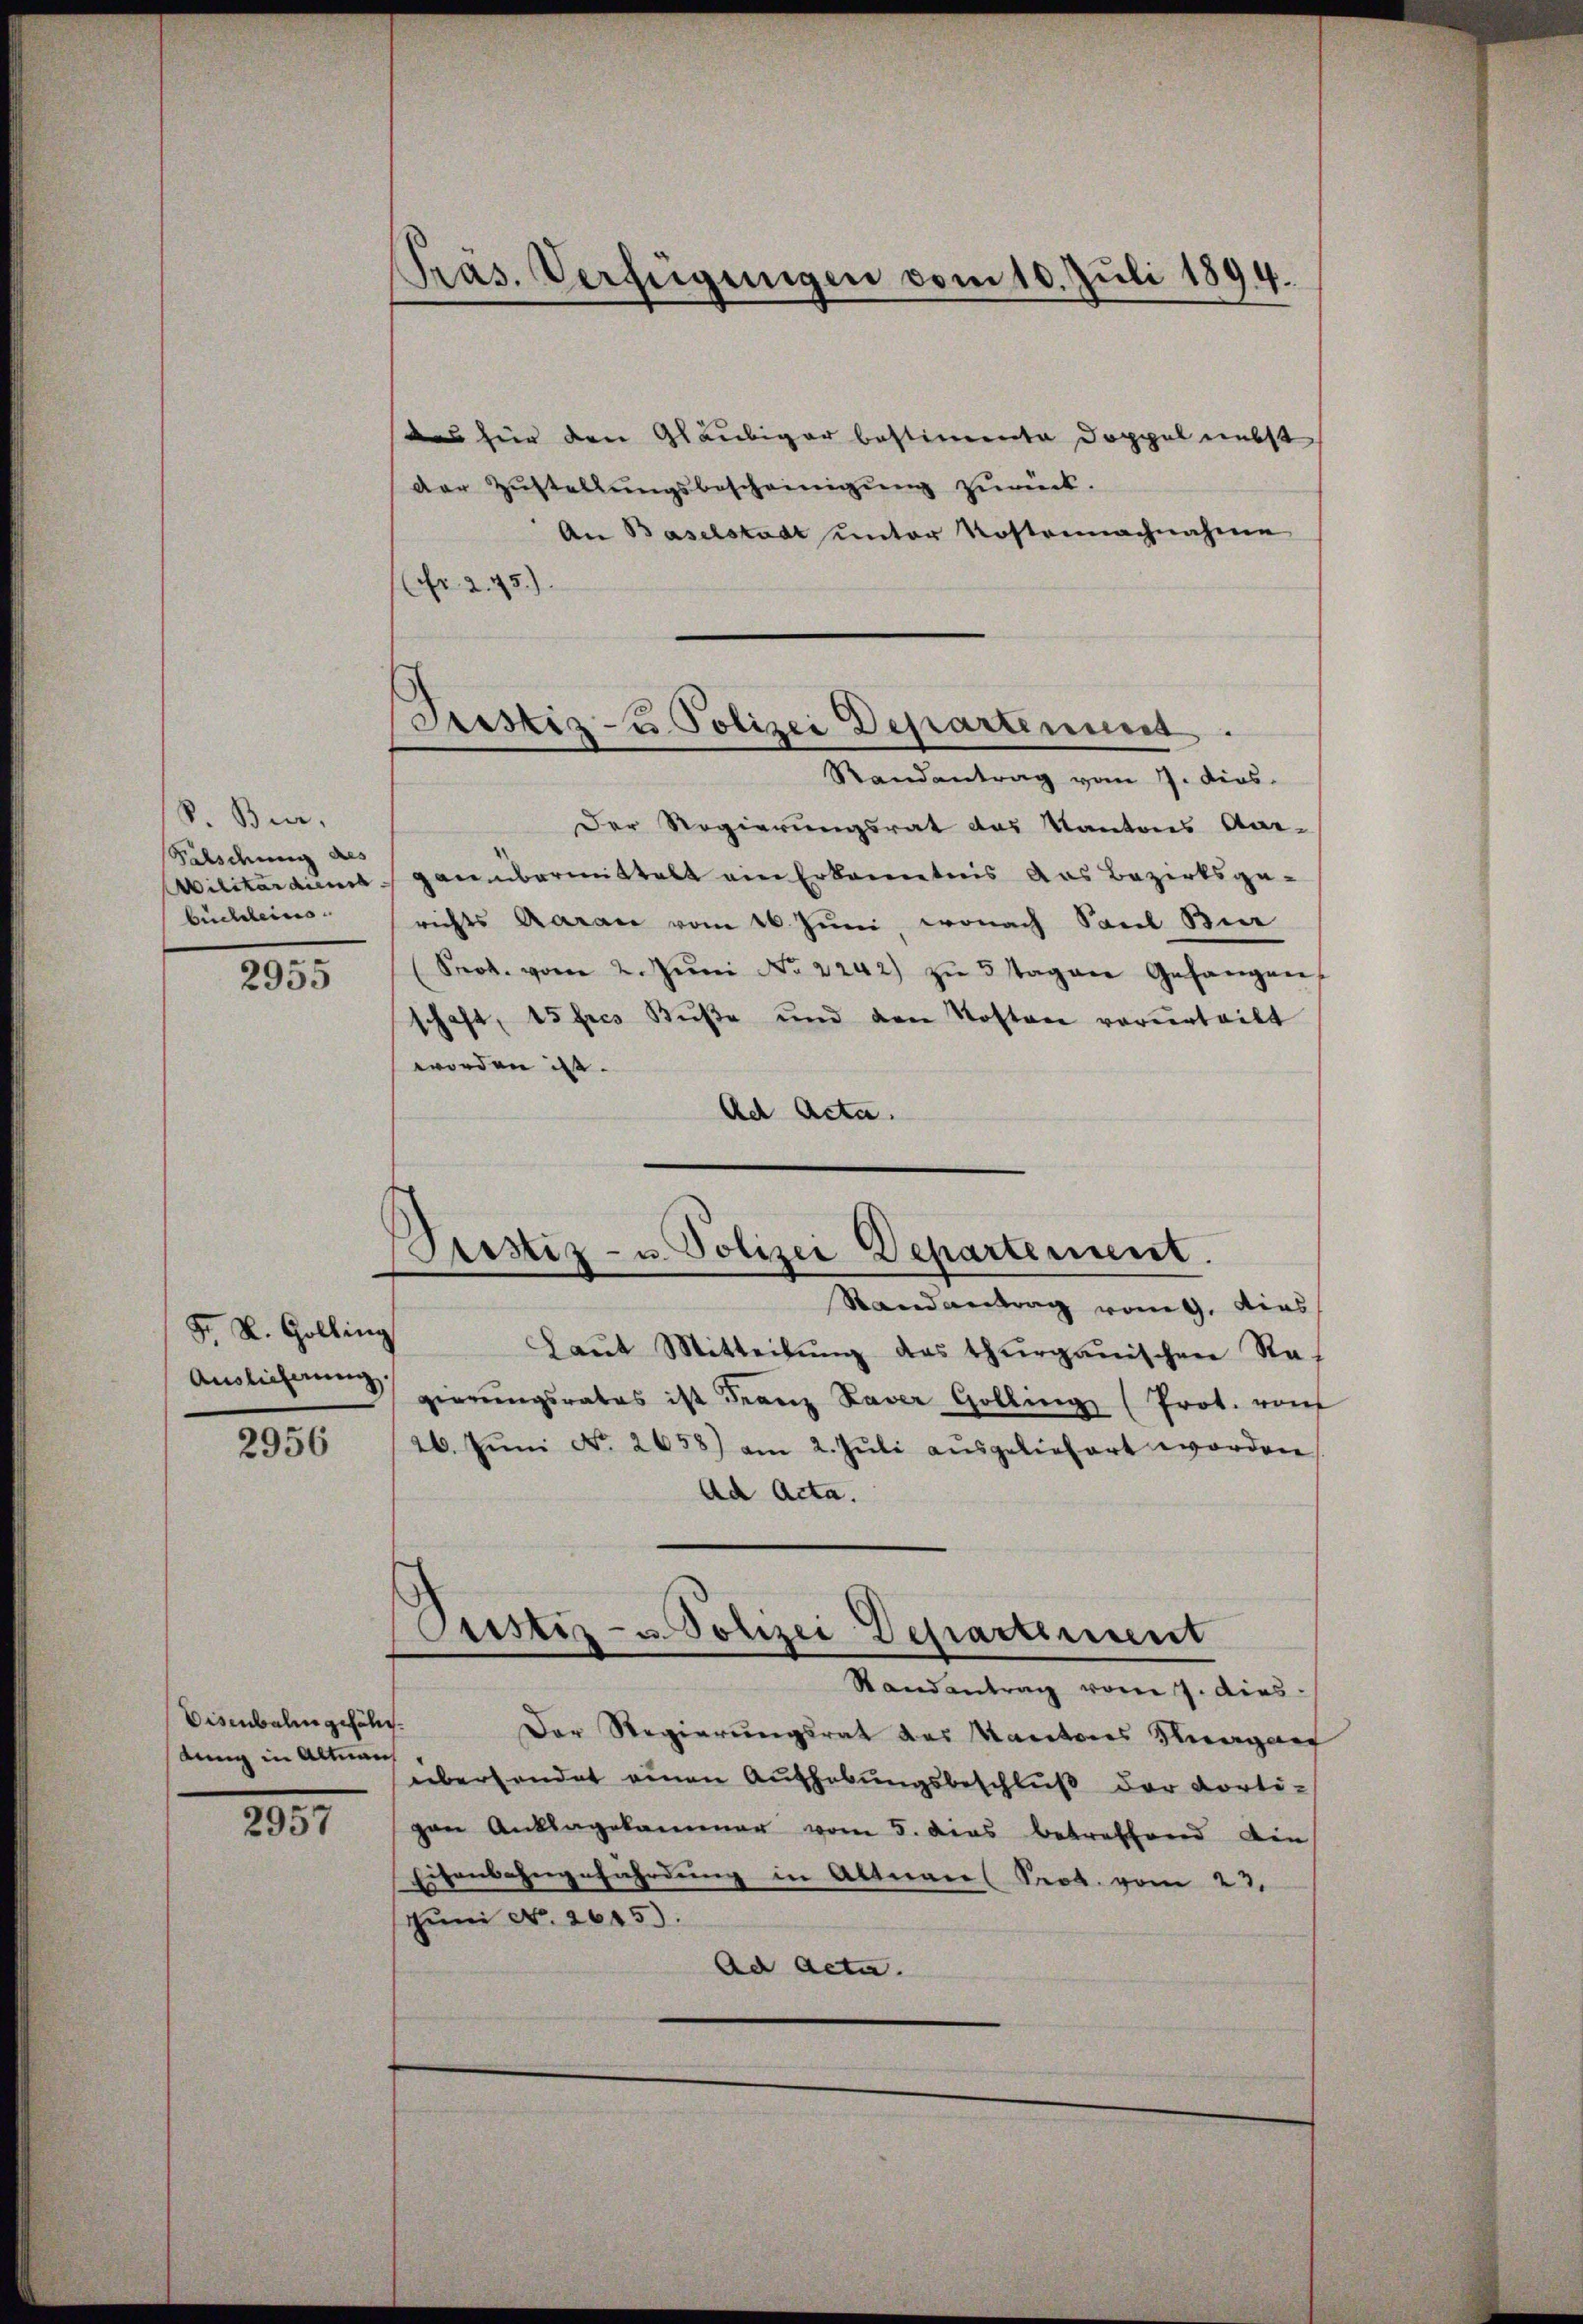
S. Bier,
Sildung des
Militärdienst
büchleins

2955

F. L. Gollin
Auslieferung

2956

Disenbalingefäldung in Altnan

2957

Pras. Verfügungen vom 10. Juli 1894.

Justiz- u Polizei Departiment.
Randantrag vom 7. ders.

das für den Gläubiger bestimmte Doppel nebst
der Zŭstellŭngsbescheinigŭng zŭrück.
An Baselstadt unter Kostennachnahme
(Nr. 245.
Der Regierungsrat das Kantons Aar-
gaumbermittelt am Erkanntnis das Bezirksgerichts Aarau vom 16. Juni, wonach Saul Bier
(Prot. vom 2. Jŭni No 2242) zŭ 5 Tagen Gefangen
schaft, 15 fres Bŭβe und den Kosten vorurteilt
worden ist.
Ad Acta.
Prostiz- u. Polizei Departement.
Randantrag vom 9. dies
.
Laŭt Mitteilŭng des thurgauischen Rat
)
gierŭngsrates ist Franz Xaver Golling (Prot. rauf
26. Jŭni No. 2658) am 2. Jŭli aŭsgeliefert worden,
Ad Acta.
Custiz- u. Polizei Departement
Randantrag vom 7. dies
Der Regierungsrat des Kantons Aargauf
übersendet einen Aufhebungsbeschluß der Porti-
pan Anklagekammer vom 5. dies betreffend din
Eisenbahngefährdung in Altnaus Prot. vom 23.
Jŭni No 2015).
Ad Acta.